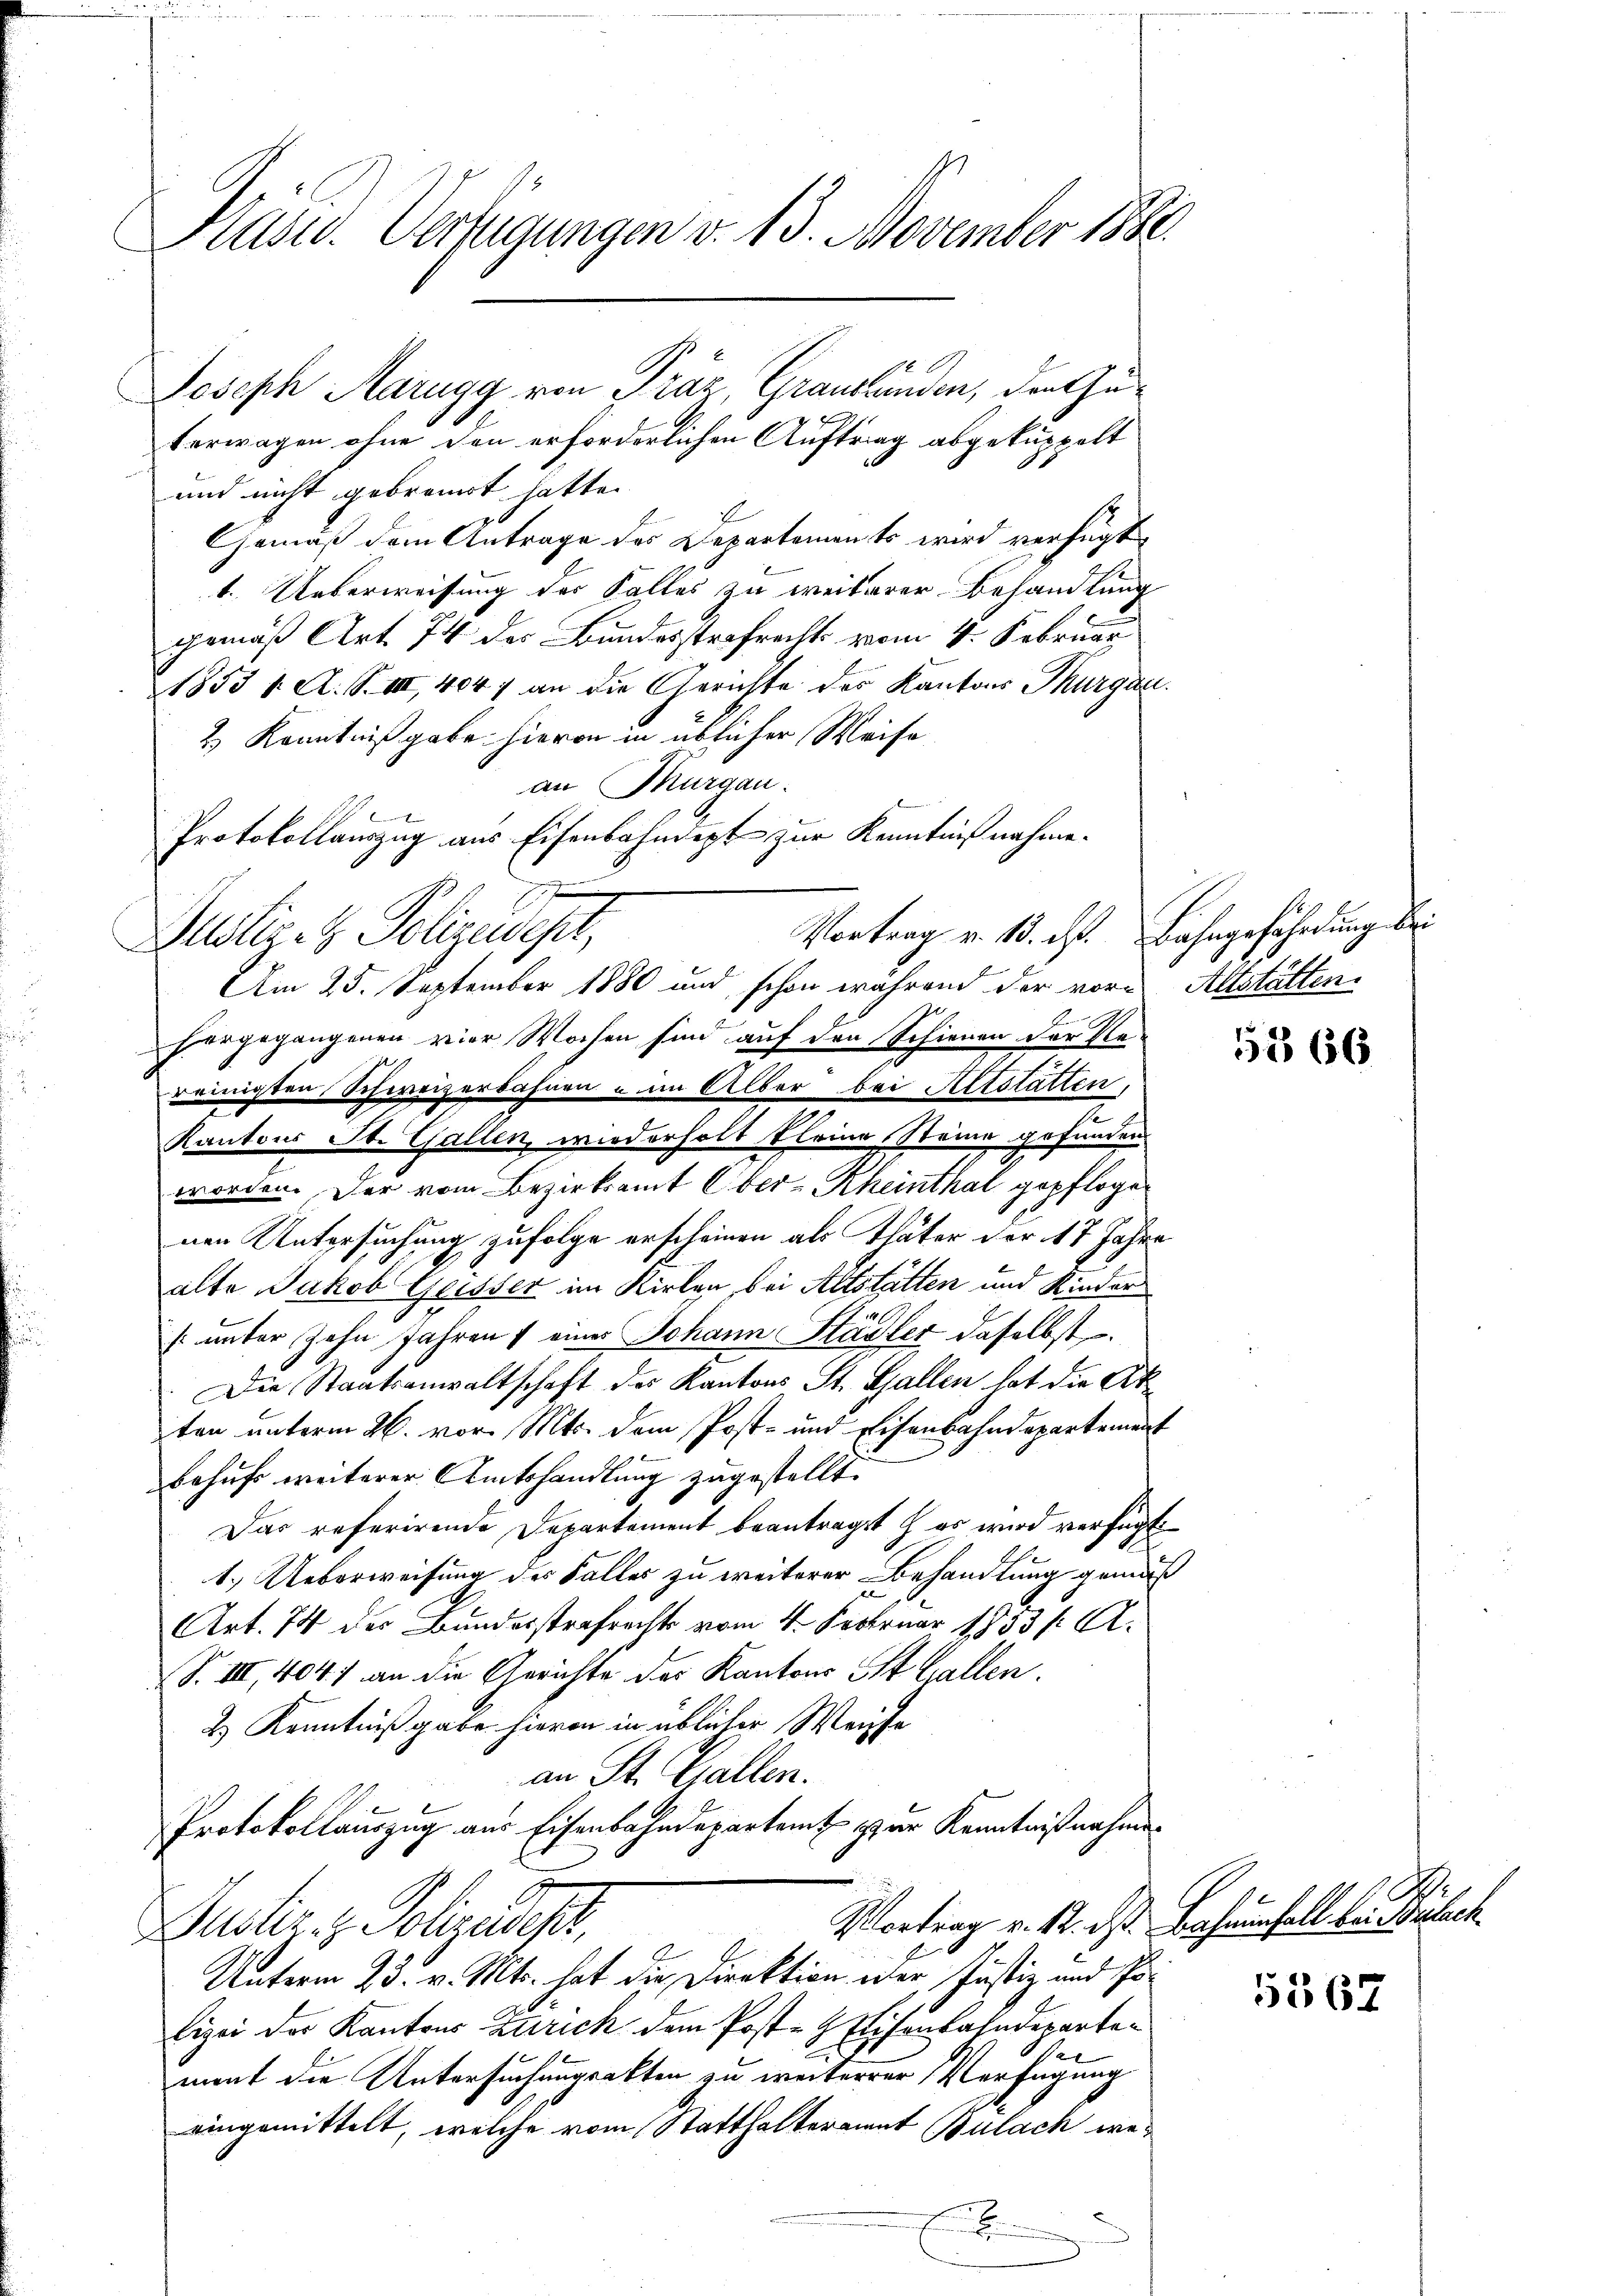
Präsid. Verfügungen v. 13. November 180.

Joseph Marugg von Präz, Graubünden, den Zuterwagen ohne den erforderlichen Auftrag abgekuppelt
und nicht gebrandt hatte.
Gemäß dem Antrage des Departements wird verfügt
1. Ueberweisung der Falles zu weiterer Behandlung
gemäß Art. 74 der Bundesstrafrechts vom 4. Februar
1853 v. A. S. III, 4047 an die Gerichte des Kantons Thurgau.
2.) Kenntnißgabe hievon in üblicher Weise
an Thurgau.
t
Protokollauszug aus Eisenbahndept zur Kenntnißnahme.
u
Justiz- & Polizeisept,
Am 25. September 1880 und schon während der vor Altstättenhergegangenen vier Wochen sind auf den Schienen der Re
reinigten Schweizerbahnen u im Alber bei Altstatten,
.
2
Kantons St. Gallen, wiederholt kleine Steine gefunden
worden. Der vom Bezirksamt Ober-Rheinthal gepflogen
nen Untersuchung zufolge erscheinen als Thäter der 17 Jahre
alte Jakob Geisser im Kirten, bei Altstätten und Kinder
[unter Zehn Jahren eines Johann Stadler daselbst.
Die Staatsanwaltschaft des Kantons St. Gallen hat die Akten unterm 26. vor. Mts. dem Post- und Eisenbahndepartement
behufs weiterer Amtshandlung zugestellt.
Das referirende Departement beantragst & es wird verfügt:
1.) Ueberweisung des Falles zu weiterer Behandlung gemäß
Art. 74 der Bundesstrafrechts vom 4. Februar 1833. A.
S. III 404. an die Gerichte der Kantons St. Gallen.
2.) Kenntniß gabe hievon in üblicher Weiche
an St. Gallen.
Protokollauszug aus Eisenbahndepartamt zur Kenntnißnahme
Montrag v. 12. ds Bahnfall bei Bülach
Justiz- & Polizeides,
Unterm 23. v. Mts. hat die Direktion oder Justiz und Polizei der Kantons Zürich dem Post- & Eisenbahndeparteh
mont die Untersuchungsakten zu weiterer Verfügung
eingemittelt, welche vom Statthalteramt Bülach we¬
.

Vortrag v. 13. et. Bahngefährdung bei

5366

367